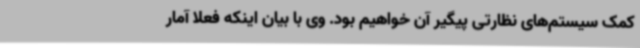
کمک سیستم‌های نظارتی پیگیر آن خواهیم بود. وی با بیان اینکه فعلا آمار